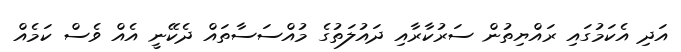
އަދި އެކަމުގައި ރައްޔިތުން ސަރުކާރާއި ދައުލަތުގެ މުއްސަސާތައް ދެކޭނީ އެއް ވެސް ކަމެއް